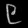
Digit: ၉